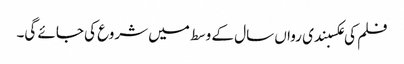
فلم کی عکسبندی رواں سال کے وسط میں شروع کی جائے گی۔